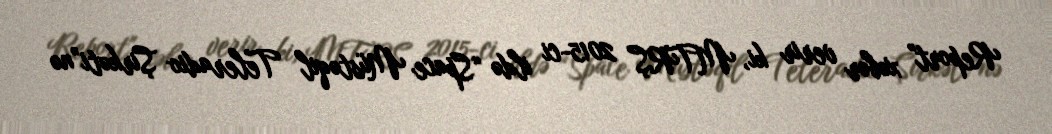
Report" xəbər verir ki, MTRŞ 2015-ci ildə “Space Müstəqil Teleradio Şirkəti”nə